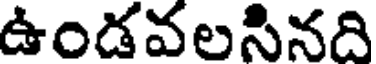
ఉండవలసినది